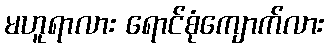
မဟူရာလား ရောင်စုံကျောက်လား